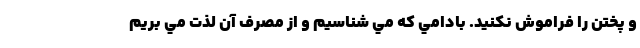
و پختن را فراموش نكنيد. بادامي كه مي شناسيم و از مصرف آن لذت مي بريم